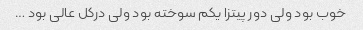
خوب بود ولی دور پیتزا یکم سوخته بود ولی درکل عالی بود …